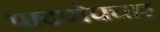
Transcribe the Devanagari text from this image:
पादपोपचार